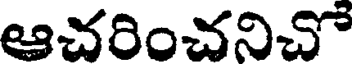
ఆచరించనిచో